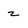
Character: z